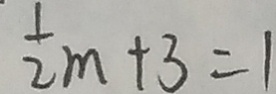
\frac { 1 } { 2 } m + 3 = 1